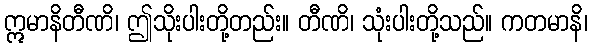
ဣမာနိတီဏိ၊ ဤသိုးပါးတို့တည်း။ တီဏိ၊ သုံးပါးတို့သည်။ ကတမာနိ၊